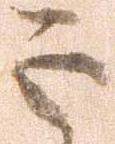
正